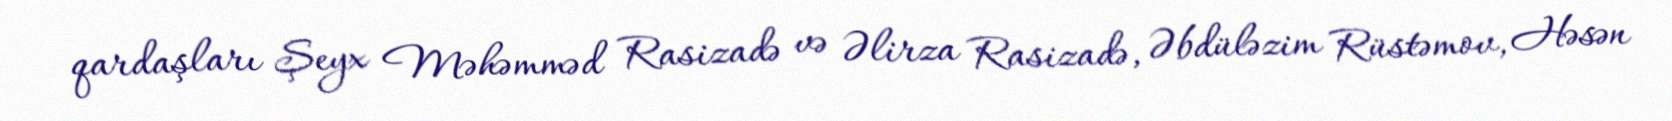
qardaşları Şeyx Məhəmməd Rasizadə və Əlirza Rasizadə, Əbdüləzim Rüstəmov, Həsən